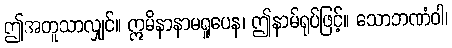
ဤအတူသာလျှင်။ ဣမိနာနာမရူပေန၊ ဤနာမ်ရုပ်ဖြင့်။ သောဘဏံဝါ၊